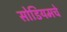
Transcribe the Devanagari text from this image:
सोडियमचे